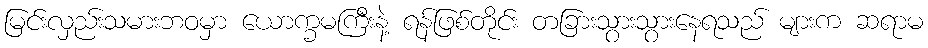
မြင်းလှည်းသမားဘဝမှာ ယောက္ခမကြီးနဲ့ ရန်ဖြစ်တိုင်း တခြားသွားသွားနေရသည် များက ဆရာမ